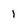
Character: 1